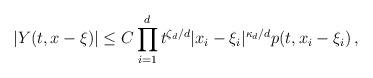
LaTeX: \begin{align*}|Y(t, x- \xi)|\leq C\prod_{i=1}^{d} t^{\zeta_d/d} |x_i-\xi_i|^{\kappa_d/d} p (t, x_i-\xi_i)\,,\end{align*}